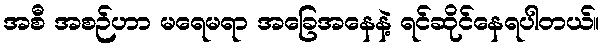
အစီ အစဉ်ဟာ မရေမရာ အခြေအနေနဲ့ ရင်ဆိုင်နေရပါတယ်။